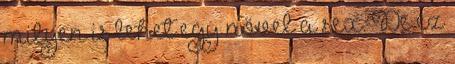
milyen is lehet egy nővel a sex. De ez